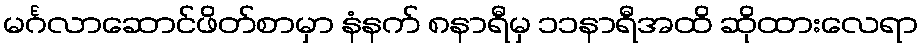
မင်္ဂလာဆောင်ဖိတ်စာမှာ နံနက် ၈နာရီမှ ၁၁နာရီအထိ ဆိုထားလေရာ